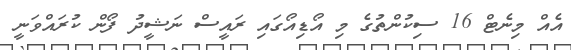
އެއް މިނެޓް 16 ސިކުންތުގެ މި އޯޑިއޯގައި ރައީސް ނަޝީދު ފޯން ކުރައްވަނީ